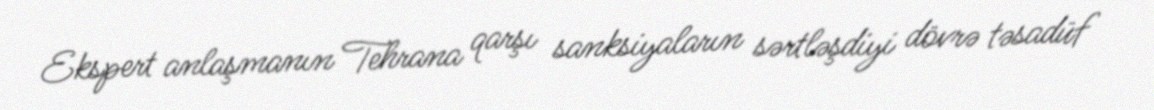
Ekspert anlaşmanın Tehrana qarşı sanksiyaların sərtləşdiyi dövrə təsadüf